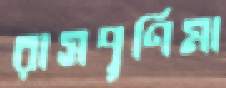
রাসপূর্ণিমা